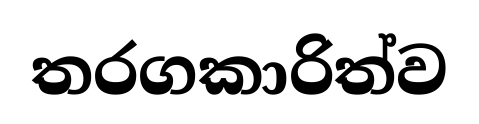
තරගකාරිත්ව